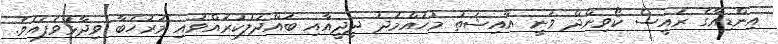
އިންޑިއާގެ ރައީސް ކޯވިންދް ވަނީ އާއިޝަތު މުހައްމަދު ދީދީއާއި ބައްދަލުކުރައްވައި މަރުހަބާ ވިދާޅުވެފައެވެ.